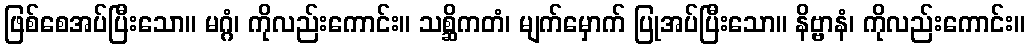
ဖြစ်စေအပ်ပြီးသော။ မဂ္ဂံ၊ ကိုလည်းကောင်း။ သစ္ဆိကတံ၊ မျက်မှောက် ပြုအပ်ပြီးသော။ နိဗ္ဗာနံ၊ ကိုလည်းကောင်း။